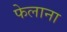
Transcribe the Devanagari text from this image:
फेलाना